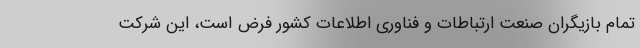
تمام بازیگران صنعت ارتباطات و فناوری اطلاعات کشور فرض است، این شرکت